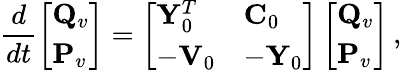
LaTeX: \frac{d}{dt}\left[\begin{array}{l}{{\mathbf Q}_{v}}\\ {{\mathbf P}_{v}}\end{array}\right]=\left[\begin{array}{ll}{{\mathbf Y}_{0}^{T}}&{{\mathbf C}_{0}}\\ {-{\mathbf V}_{0}}&{-{\mathbf Y}_{0}}\end{array}\right]\left[\begin{array}{l}{{\mathbf Q}_{v}}\\ {{\mathbf P}_{v}}\end{array}\right]\, ,